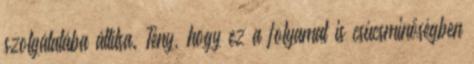
szolgálatába állítsa. Tény, hogy ez a folyamat is csúcsminőségben